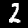
Label: 2